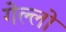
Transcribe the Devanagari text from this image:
गेल्लो